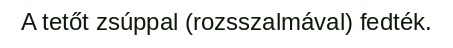
A tetőt zsúppal (rozsszalmával) fedték.